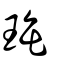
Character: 珤